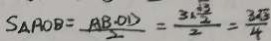
S _ { \Delta } R O B = \frac { A B \cdot O D } { 2 } = \frac { 3 \times \frac { \sqrt { 3 } } { 2 } } { 2 } = \frac { 3 \sqrt { 3 } } { 4 }